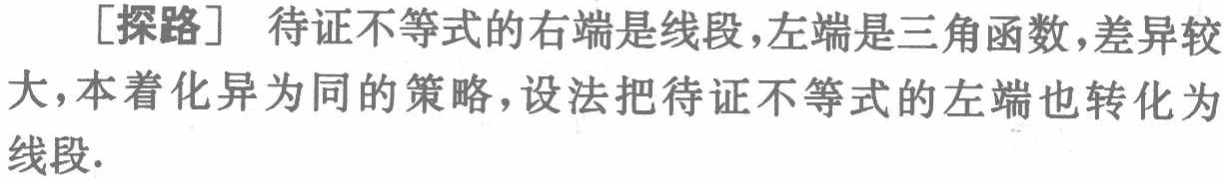
[探路] 待证不等式的右端是线段,左端是三角函数,差异较大,本着化异为同的策略,设法把待证不等式的左端也转化为线段.